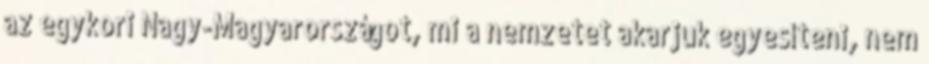
az egykori Nagy-Magyarországot, mi a nemzetet akarjuk egyesíteni, nem